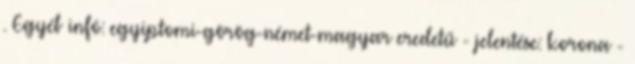
. Egyéb infó: egyiptomi-görög-német-magyar eredetű - jelentése: korona -